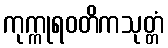
ကုက္ကုရဝတိကသုတ္တံ